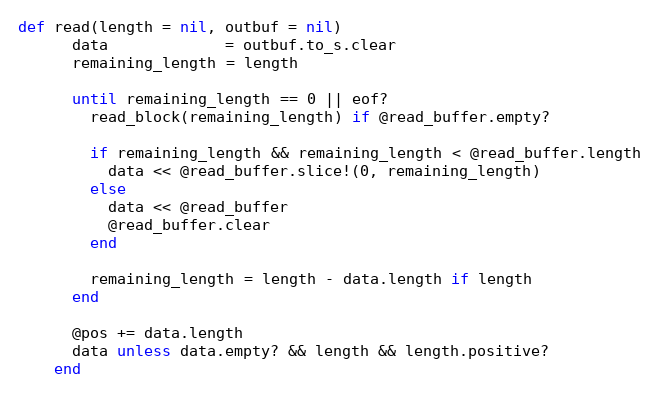
Language: Ruby
def read(length = nil, outbuf = nil)
      data             = outbuf.to_s.clear
      remaining_length = length

      until remaining_length == 0 || eof?
        read_block(remaining_length) if @read_buffer.empty?

        if remaining_length && remaining_length < @read_buffer.length
          data << @read_buffer.slice!(0, remaining_length)
        else
          data << @read_buffer
          @read_buffer.clear
        end

        remaining_length = length - data.length if length
      end

      @pos += data.length
      data unless data.empty? && length && length.positive?
    end